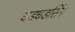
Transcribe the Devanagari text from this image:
धडधडसिंग